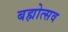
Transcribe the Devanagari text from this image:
बह्मोत्‍सव